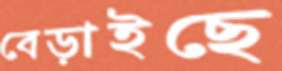
বেড়াইছে